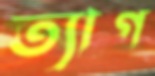
ত্যাগ